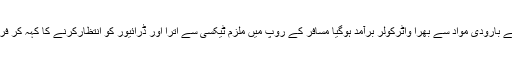
گاڑی سے بارودی مواد سے بھرا واٹرکولر برآمد ہوگیا مسافر کے روپ میں ملزم ٹیکسی سے اترا اور ڈرائیور کو انتظارکرنے کا کہہ کر فرار ہوگیا۔